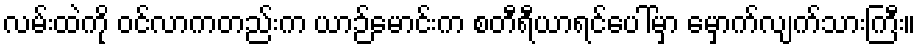
လမ်းထဲကို ဝင်လာကတည်းက ယာဉ်မောင်းက စတီရီယာရင်ပေါ်မှာ မှောက်လျက်သားကြီး။